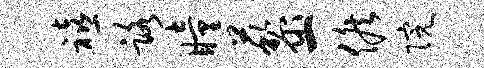
禧路瞳藜一候院